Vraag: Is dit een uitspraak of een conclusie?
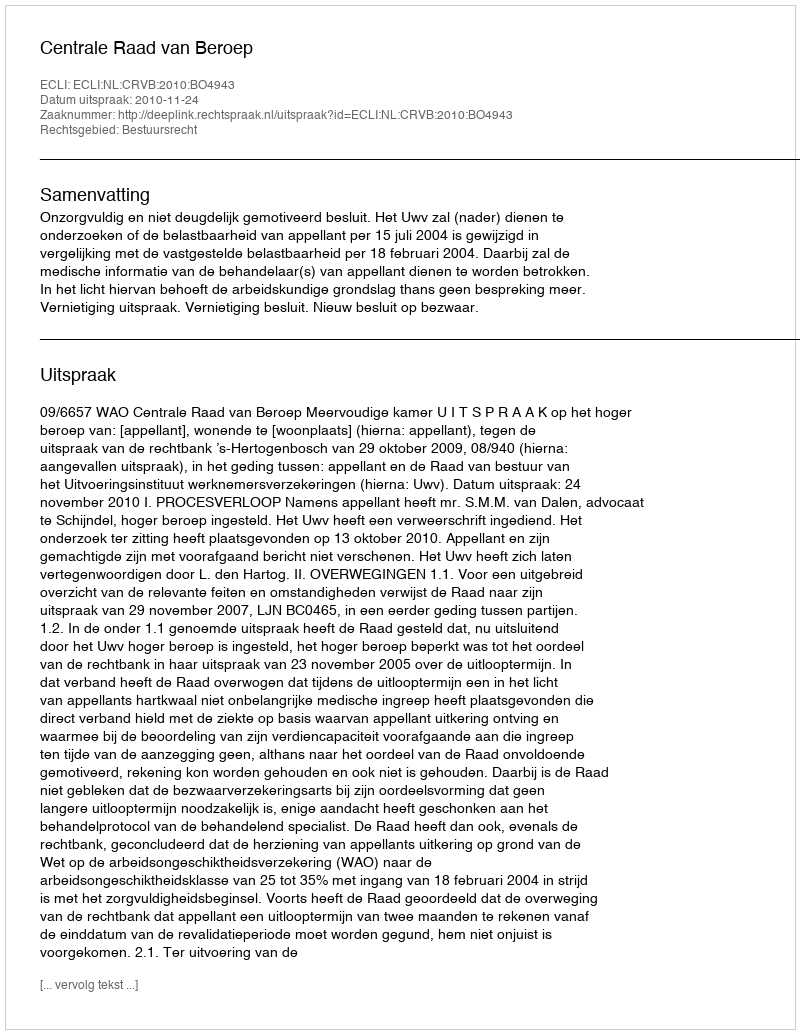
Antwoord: Uitspraak